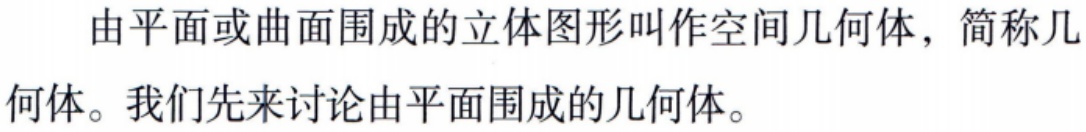
由平面或曲面围成的立体图形叫作空间几何体，简称几何体。我们先来讨论由平面围成的几何体。